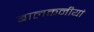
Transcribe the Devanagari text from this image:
बालकनीयां